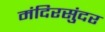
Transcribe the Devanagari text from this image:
मंदिरसुंदर